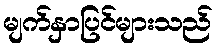
မျက်နှာပြင်များသည်